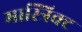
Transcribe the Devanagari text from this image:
मास्त्रिक्ट